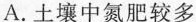
A.土壤中氮肥较多